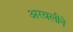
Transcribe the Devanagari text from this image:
अरवलीने